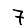
Digit: 7